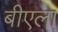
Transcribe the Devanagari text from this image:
बीएला